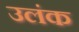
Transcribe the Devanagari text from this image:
उलंक